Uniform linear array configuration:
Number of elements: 48
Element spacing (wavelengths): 1
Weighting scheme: blackman
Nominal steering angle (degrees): -60
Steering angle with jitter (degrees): -60.21
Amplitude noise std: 0.05
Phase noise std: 0.05

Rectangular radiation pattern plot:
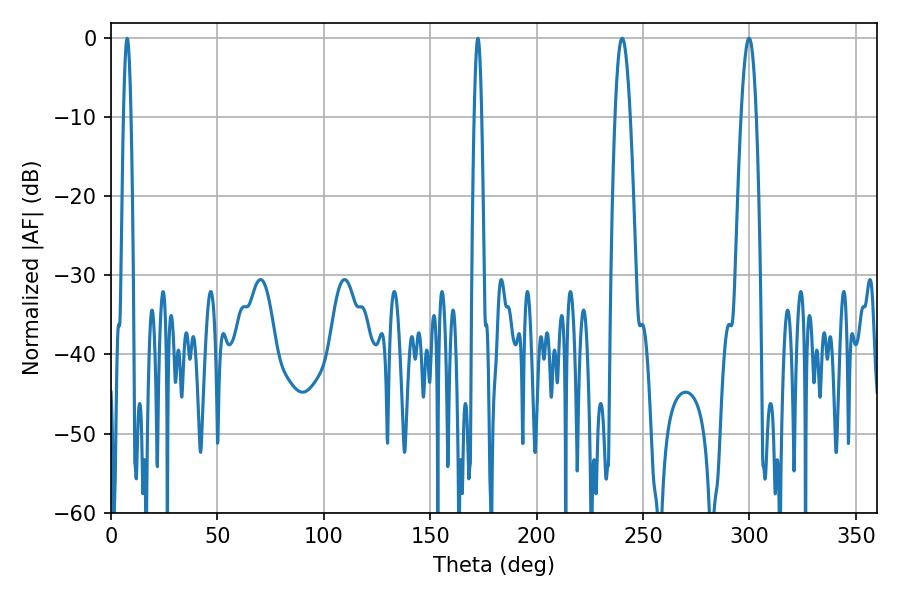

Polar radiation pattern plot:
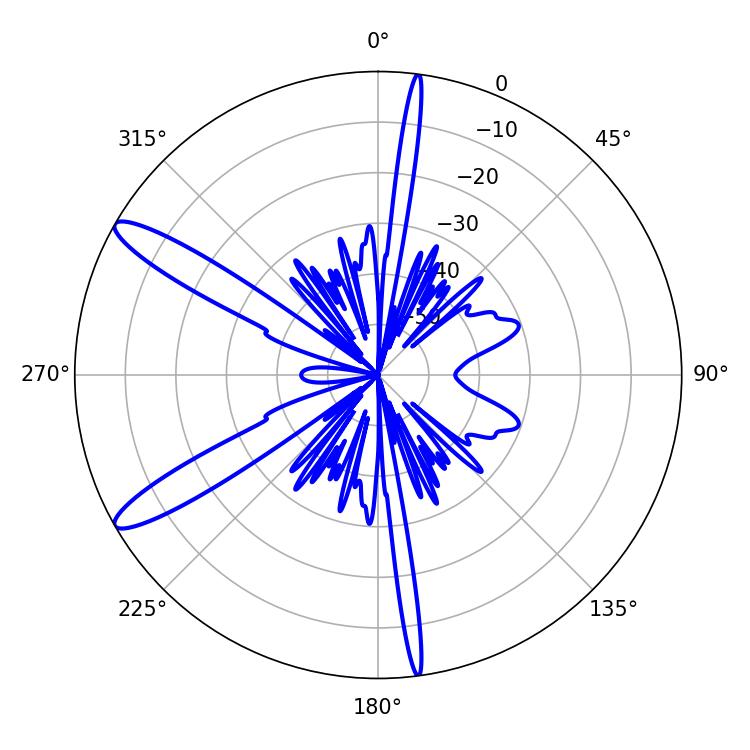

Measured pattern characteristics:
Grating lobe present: TRUE
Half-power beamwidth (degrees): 3.78
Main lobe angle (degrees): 240.12